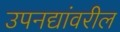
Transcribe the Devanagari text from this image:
उपनद्यांवरील